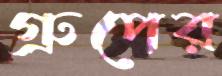
গ্রুপের